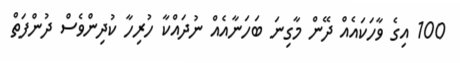
100 އިގެ ވާހަކައެއް ދޭން މާގިނަ ބަހަނާއެއް ނުދައްކާ ހުރިހާ ކުދިންވެސް ދުންފަތް